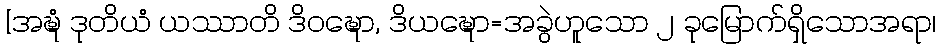
[အဍ္ဎံ ဒုတိယံ ယဿာတိ ဒိဝဍ္ဎော, ဒိယဍ္ဎော=အခွဲဟူသော ၂ ခုမြောက်ရှိသောအရာ၊